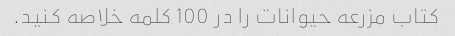
کتاب مزرعه حیوانات را در 100 کلمه خلاصه کنید.